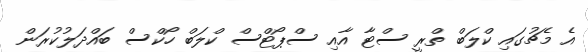
އެ މެޗުގައި ކްލަބް ތްރީ ސްޓާ އާއި ސްޕޯޓްސް ކްލަބް ހޯކްސް ބައްދަލުކުރަން